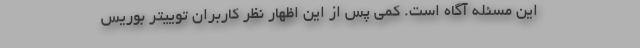
این مسئله آگاه است. کمی پس از این اظهار نظر کاربران توییتر بوریس